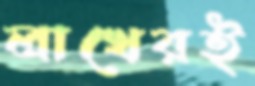
লাখেরই